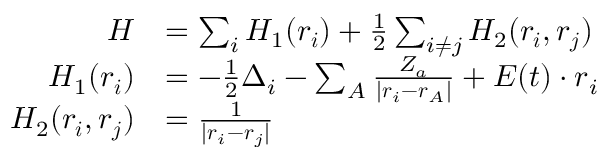
\begin{array} { r l } { H } & { = \sum _ { i } H _ { 1 } ( \boldsymbol { r _ { i } } ) + \frac { 1 } { 2 } \sum _ { i \neq j } H _ { 2 } ( \boldsymbol { r _ { i } } , \boldsymbol { r _ { j } } ) } \\ { H _ { 1 } ( \boldsymbol { r _ { i } } ) } & { = - \frac { 1 } { 2 } \Delta _ { i } - \sum _ { A } \frac { Z _ { a } } { | \boldsymbol { r } _ { i } - \boldsymbol { r } _ { A } | } + \boldsymbol { E } ( t ) \cdot \boldsymbol { r } _ { i } } \\ { H _ { 2 } ( \boldsymbol { r _ { i } } , \boldsymbol { r _ { j } } ) } & { = \frac { 1 } { | \boldsymbol { r } _ { i } - \boldsymbol { r } _ { j } | } } \end{array}